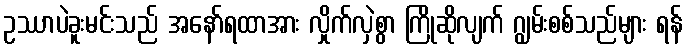
ဥဿာပဲခူးမင်းသည် အနော်ရထာအား လှိုက်လှဲစွာ ကြိုဆိုလျက် ဂျွမ်းစစ်သည်များ ရန်